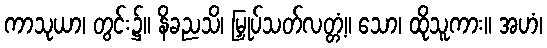
ကာသုယာ၊ တွင်း၌။ နိခညသိ၊ မြှုပ်သတ်လတ္တံ့။ သော၊ ထိုသူကား။ အဟံ၊